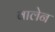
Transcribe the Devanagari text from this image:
बालेन